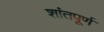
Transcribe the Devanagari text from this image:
शांतपूर्ण